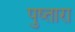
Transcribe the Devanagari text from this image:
पुष्तारा